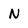
Character: N